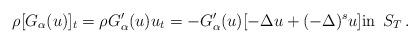
LaTeX: \begin{align*}\rho [G_\alpha(u)]_t=\rho G_\alpha'(u) u_t=-G_\alpha'(u)[-\Delta u +(-\Delta)^s u]\textrm{in}\;\, S_T\,.\end{align*}